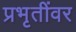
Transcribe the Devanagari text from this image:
प्रभृतींवर